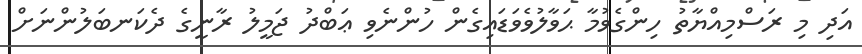
އަދި މި ރަސްމިއްޔާތު ހިންގެވުމާ ޙަވާލުވެވަޑައިގެން ހުންނެވި ޢަބްދު ޖަމީލު ރާނީގެ ދެކަނބަލުންނަށް